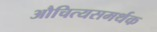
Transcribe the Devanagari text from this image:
औचित्यसमर्थक